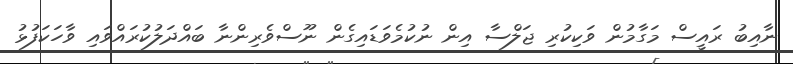
ނާއިބު ރައީސް މަގާމުން ވަކިކުރި ޖަލްސާ އިން ނުކުމެވަޑައިގެން ނޫސްވެރިންނާ ބައްދަލުކުރައްވައި ވާހަކަފުޅު